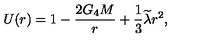
U ( r ) = 1 - \frac { 2 G _ { 4 } M } r + \frac 1 3 \widetilde { \lambda } r ^ { 2 } ,